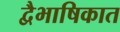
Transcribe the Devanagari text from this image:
द्वैभाषिकात